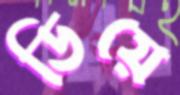
ডিয়ে